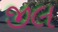
જીલ